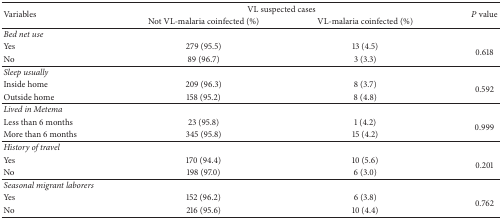
| <ROWSPAN=2> Variables | <COLSPAN=2> VL suspected cases | <ROWSPAN=2> P value |
 | Not VL-malaria coinfected (%) | VL-malaria coinfected (%) |
 | --- | --- | --- | --- |
 | Bed net use |  |  |  |
 | Yes | 279 (95.5) | 13 (4.5) | <ROWSPAN=2> 0.618 |
 | No | 89 (96.7) | 3 (3.3) |
 | Sleep usually |  |  |  |
 | Inside home | 209 (96.3) | 8 (3.7) | <ROWSPAN=2> 0.592 |
 | Outside home | 158 (95.2) | 8 (4.8) |
 | Lived in Metema |  |  |  |
 | Less than 6 months | 23 (95.8) | 1 (4.2) | <ROWSPAN=2> 0.999 |
 | More than 6 months | 345 (95.8) | 15 (4.2) |
 | History of travel |  |  |  |
 | Yes | 170 (94.4) | 10 (5.6) | <ROWSPAN=2> 0.201 |
 | No | 198 (97.0) | 6 (3.0) |
 | Seasonal migrant laborers |  |  |  |
 | Yes | 152 (96.2) | 6 (3.8) | <ROWSPAN=2> 0.762 |
 | No | 216 (95.6) | 10 (4.4) |